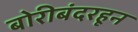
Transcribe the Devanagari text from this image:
बोरीबंदरहून